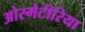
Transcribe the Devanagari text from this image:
ओस्मेटीरिया